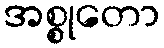
အစ္စုတော